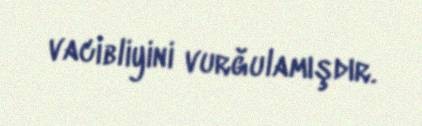
vacibliyini vurğulamışdır.